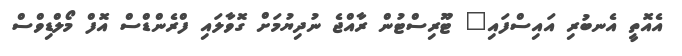
އެއޮތީ އެނބުރި އައިސްފައި" ޓޫރިސްޓުން ރާއްޖެ ނުދިޔުމަށް ގޮވާލައި ފްރެންޑްސް އޮފް މޯލްޑިވްސް